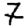
Digit: 7